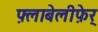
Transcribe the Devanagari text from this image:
फ़्लाबेलीफ़ेर्